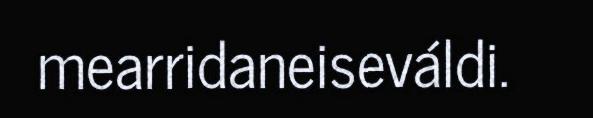
mearridaneiseváldi.